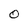
Character: O